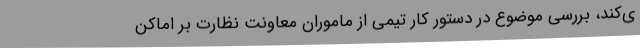
ی‌کند، بررسی موضوع در دستور کار تیمی از ماموران معاونت نظارت بر اماکن